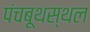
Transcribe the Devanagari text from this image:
पंचबूथस्थल